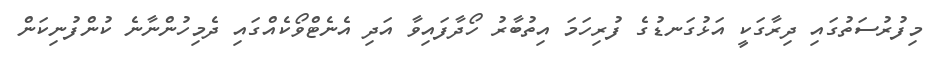
މިފުރުސަތުގައި ދިރާގަކީ އަޅުގަނޑުގެ ފުރިހަމަ އިތުބާރު ހޯދާފައިވާ އަދި އެނެޓްވޯކެއްގައި ދެމިހުންނާނެ ކުންފުނިކަން